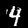
Label: 4